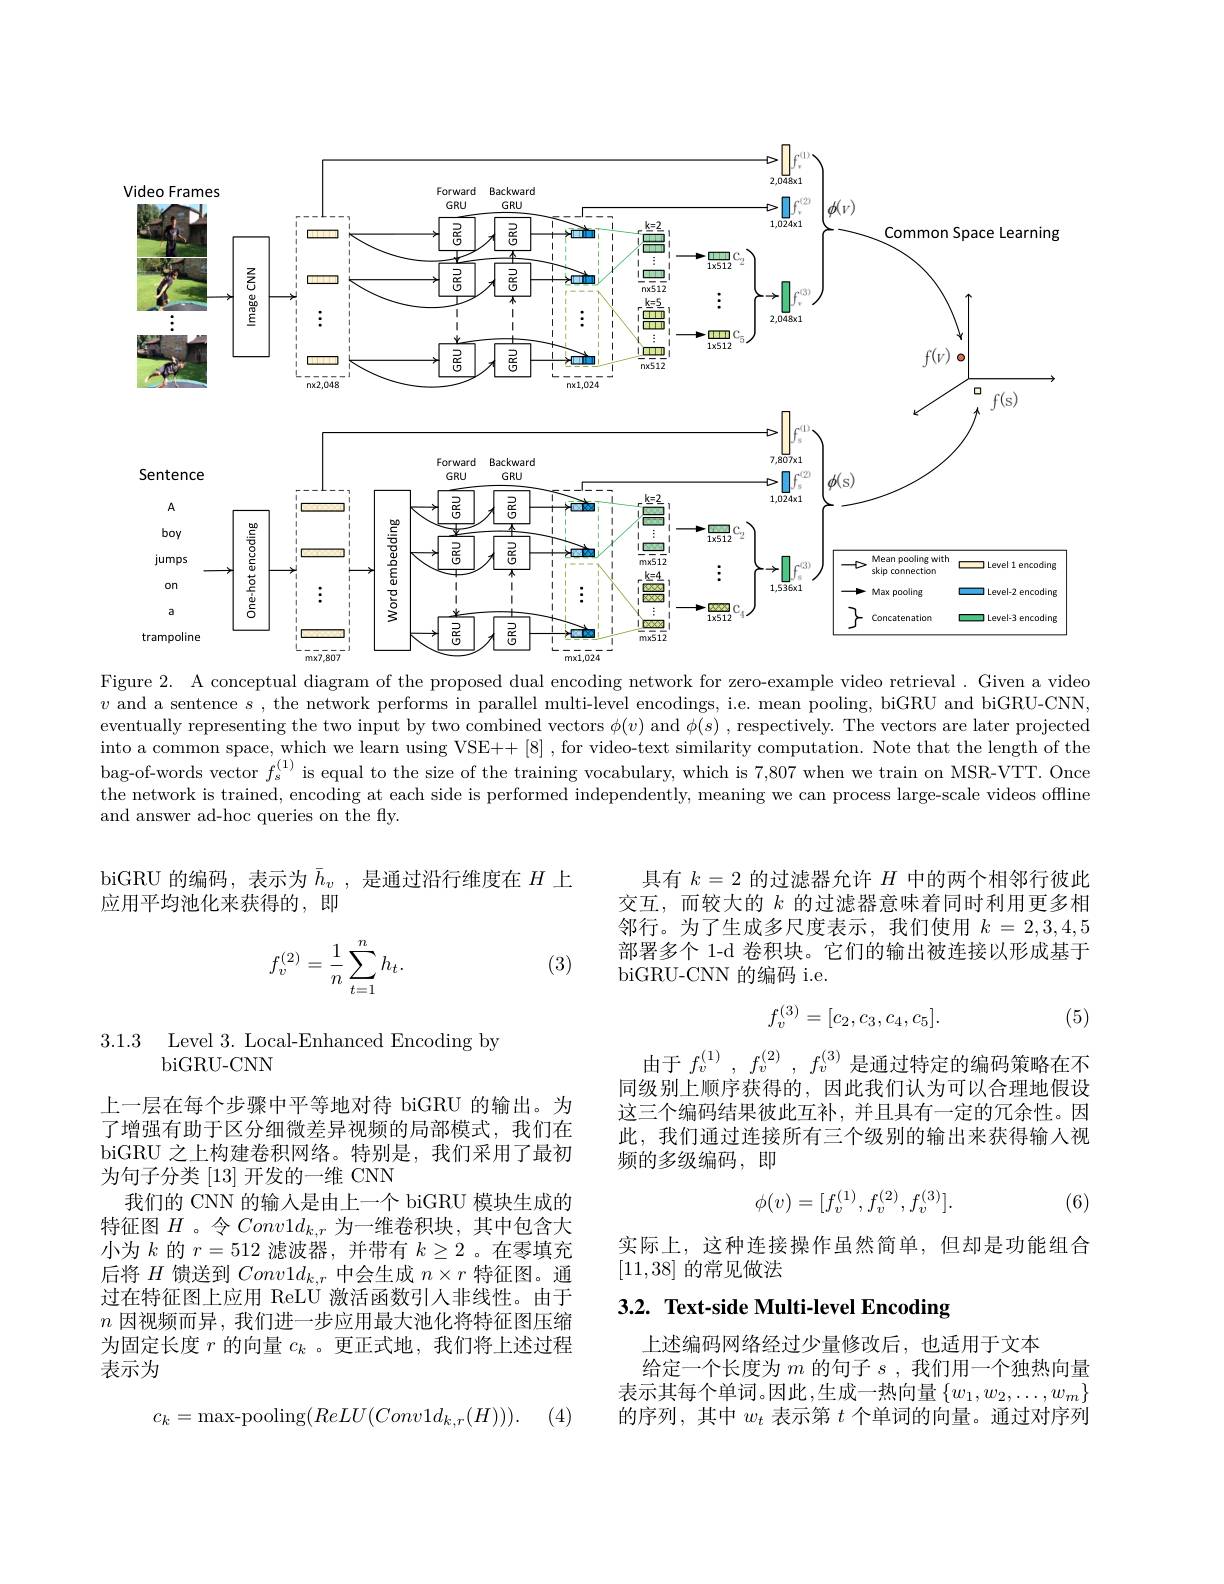
<FigureHere>

Figure 2. A conceptual diagram of the proposed dual encoding network for zero-example video retrieval. Given a video $v$ and a sentence $s$, the network performs in parallel multi-level encodings, i.e. mean pooling, biGRU and biGRU-CNN, eventually representing the two input by two combined vectors $\phi(v)$ and $\phi(s)$ , respectively. The vectors are later projected into a common space, which we learn using VSE++ [8] , for video-text similarity computation. Note that the length of the bag-of-words vector $\hat{f}_s^{(1)}$ is equal to the size of the training vocabulary, which is 7,807 when we train on MSR-VTT. Once the network is trained, encoding at each side is performed independently, meaning we can process large-scale videos offline and answer ad-hoc queries on the ffy.

biGRU 的编码，表示为$\bar{h}_v$,是通过沿行维度在$H$上
应用平均池化来获得的，即

具有$k=2$的过滤器允许$H$中的两个相邻行彼此交互，而较大的$k$的过滤器意味着同时利用更多相邻行。为了生成多尺度表示，我们使用$k=2,3,4,5$ 部署多个 1-d 卷积块。它们的输出被连接以形成基于biGRU-CNN 的编码 i.e.

(3)
$$f_v^{(2)}=\frac{1}{n}\sum_{t=1}^{n}h_t.$$
(5)
$$f_v^{(3)}=[c_2,c_3,c_4,c_5].$$
3.1.3 Level 3. Local-Enhanced Encoding by

biGRU- CNN

由于$f_v^{( 1) }$, $f_v^{( 2) }$, $f_v^{( 3) }$是通过特定的编码策略在不同级别上顺序获得的，因此我们认为可以合理地假设这三个编码结果彼此互补，并且具有一定的冗余性。因此，我们通过连接所有三个级别的输出来获得输人视频的多级编码，即
$$\phi(v)=[f_v^{(1)},f_v^{(2)},f_v^{(3)}].$$
(6)

上一层在每个步骤中平等地对待 biGRU 的输出。为了增强有助于区分细微差异视频的局部模式，我们在biGRU 之上构建卷积网络。特别是，我们采用了最初为句子分类 [13] 开发的一维 CNN
我们的 CNN 的输入是由上一个 biGRU 模块生成的特征图$H$ 。令$Conv1d_{k,r}$为一维卷积块，其中包含大小为$k$的$r=512$滤波器，并带有$k\geq2$ 。在零填充后将$H$馈送到$Conv1d_k,r$中会生成$n\times r$特征图。通过在特征图上应用 ReLU 激活函数引人非线性。由于$n$因视频而异，我们进一步应用最大池化将特征图压缩为固定长度$r$的向量$c_k$ 。更正式地，我们将上述过程表示为

实际上，这种连接操作虽然简单，但却是功能组合
[11,38]的常见做法

# 3.2. Text-side Multi-level Encoding

上述编码网络经过少量修改后，也适用于文本
给定一个长度为$m$的句子$s$ ,我们用一个独热向量表示其每个单词。因此，生成一热向量$\left\{w_1,w_2,\ldots,w_m\right\}$ 的序列，其中$w_t$表示第$t$个单词的向量。通过对序列
$$c_{k}=\mathrm{max-pooling}(ReLU(Conv1d_{k,r}(H))).$$
(4)